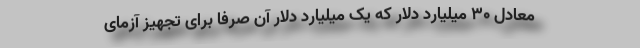
معادل ۳۰ میلیارد دلار که یک میلیارد دلار آن صرفا برای تجهیز آزمای